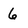
Character: 6